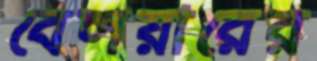
বেলয়ারের